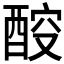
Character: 𰼇